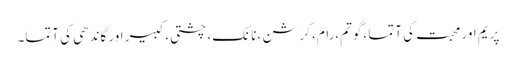
پریم اور محبت کی آتما ،گوتم،رام، کرشن ،نانک، چشتی، کبیر اور گاندھی کی آتما۔